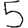
Digit: 5